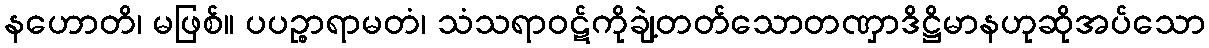
နဟောတိ၊ မဖြစ်။ ပပဉ္စာရာမတံ၊ သံသရာဝဋ်ကိုချဲ့တတ်သောတဏှာဒိဋ္ဌိမာနဟုဆိုအပ်သော